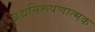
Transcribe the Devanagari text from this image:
ब्रह्मनिरूपणात्मक